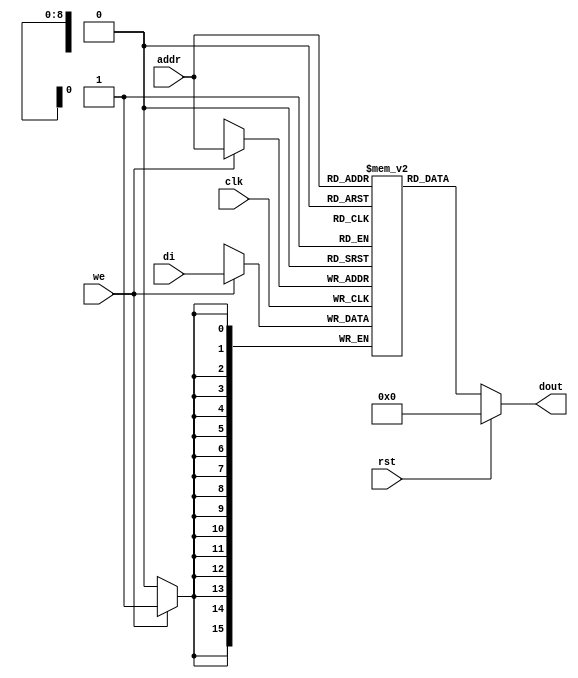

module rams_sp_rf_rst_async_512x16_logic (clk, we, rst, addr, di, dout);
input clk;
input we;
input rst;
input [8:0] addr;
input [15:0] di;
output [15:0] dout;

(* ram_style = "logic" *)
reg [15:0] RAM [511:0];

always @(posedge clk)
    begin
        if (we)
            RAM[addr] <= di;
    end
assign dout = rst ? 0 :RAM[addr];
endmodule